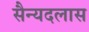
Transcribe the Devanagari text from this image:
सैन्यदलास